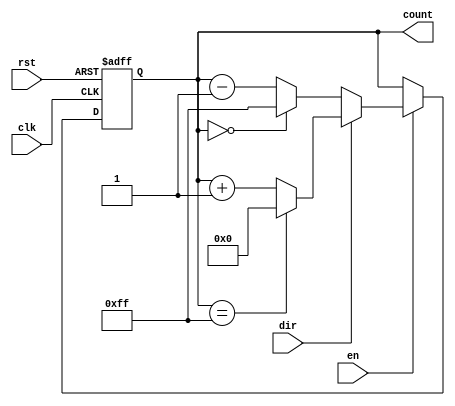
module MultiBitCounter #(
    parameter WIDTH = 8,        // Parameter for counter width (e.g., 4, 8, 16 bits)
    parameter INITIAL_VALUE = 0 // Initial value of the counter
)(
    input wire clk,             // Clock signal
    input wire rst,             // Reset signal
    input wire en,              // Enable signal
    input wire dir,             // Direction signal (1 for up, 0 for down)
    output reg [WIDTH-1:0] count // Current count value
);

// Asynchronous reset implementation
always @(posedge clk or posedge rst) begin
    if (rst) begin
        count <= INITIAL_VALUE; // Initialize counter to the initial value
    end else if (en) begin
        if (dir) begin
            // Up counting
            if (count == {WIDTH{1'b1}}) begin
                count <= INITIAL_VALUE; // Wrap around to initial value
            end else begin
                count <= count + 1; // Increment counter
            end
        end else begin
            // Down counting
            if (count == INITIAL_VALUE) begin
                count <= {WIDTH{1'b1}}; // Wrap around to max value
            end else begin
                count <= count - 1; // Decrement counter
            end
        end
    end
end

endmodule